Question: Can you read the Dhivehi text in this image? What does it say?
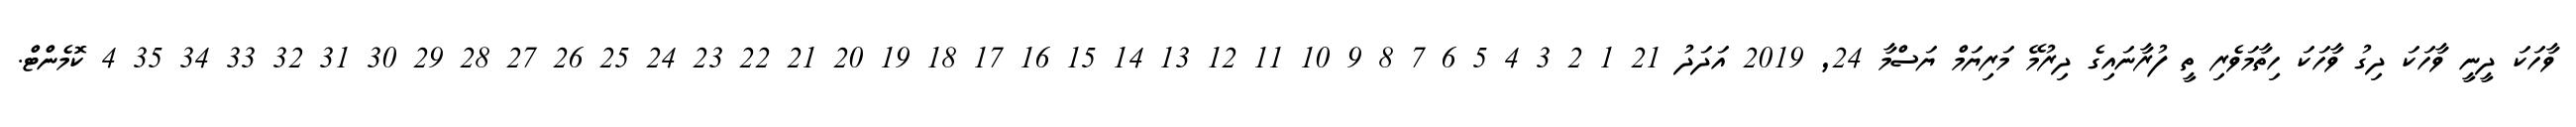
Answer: ވާހަކަ ދީނީ ވާހަކަ ދިގު ވާހަކަ ހިތާމަވެރި ތީ ފުރާނައިގެ ދިރުމޭ މަރިޔަމް ޔަސްމާ 24, 2019 އަދަދު 21 1 2 3 4 5 6 7 8 9 10 11 12 13 14 15 16 17 18 19 20 21 22 23 24 25 26 27 28 29 30 31 32 33 34 35 4 ކޮމެންޓް.